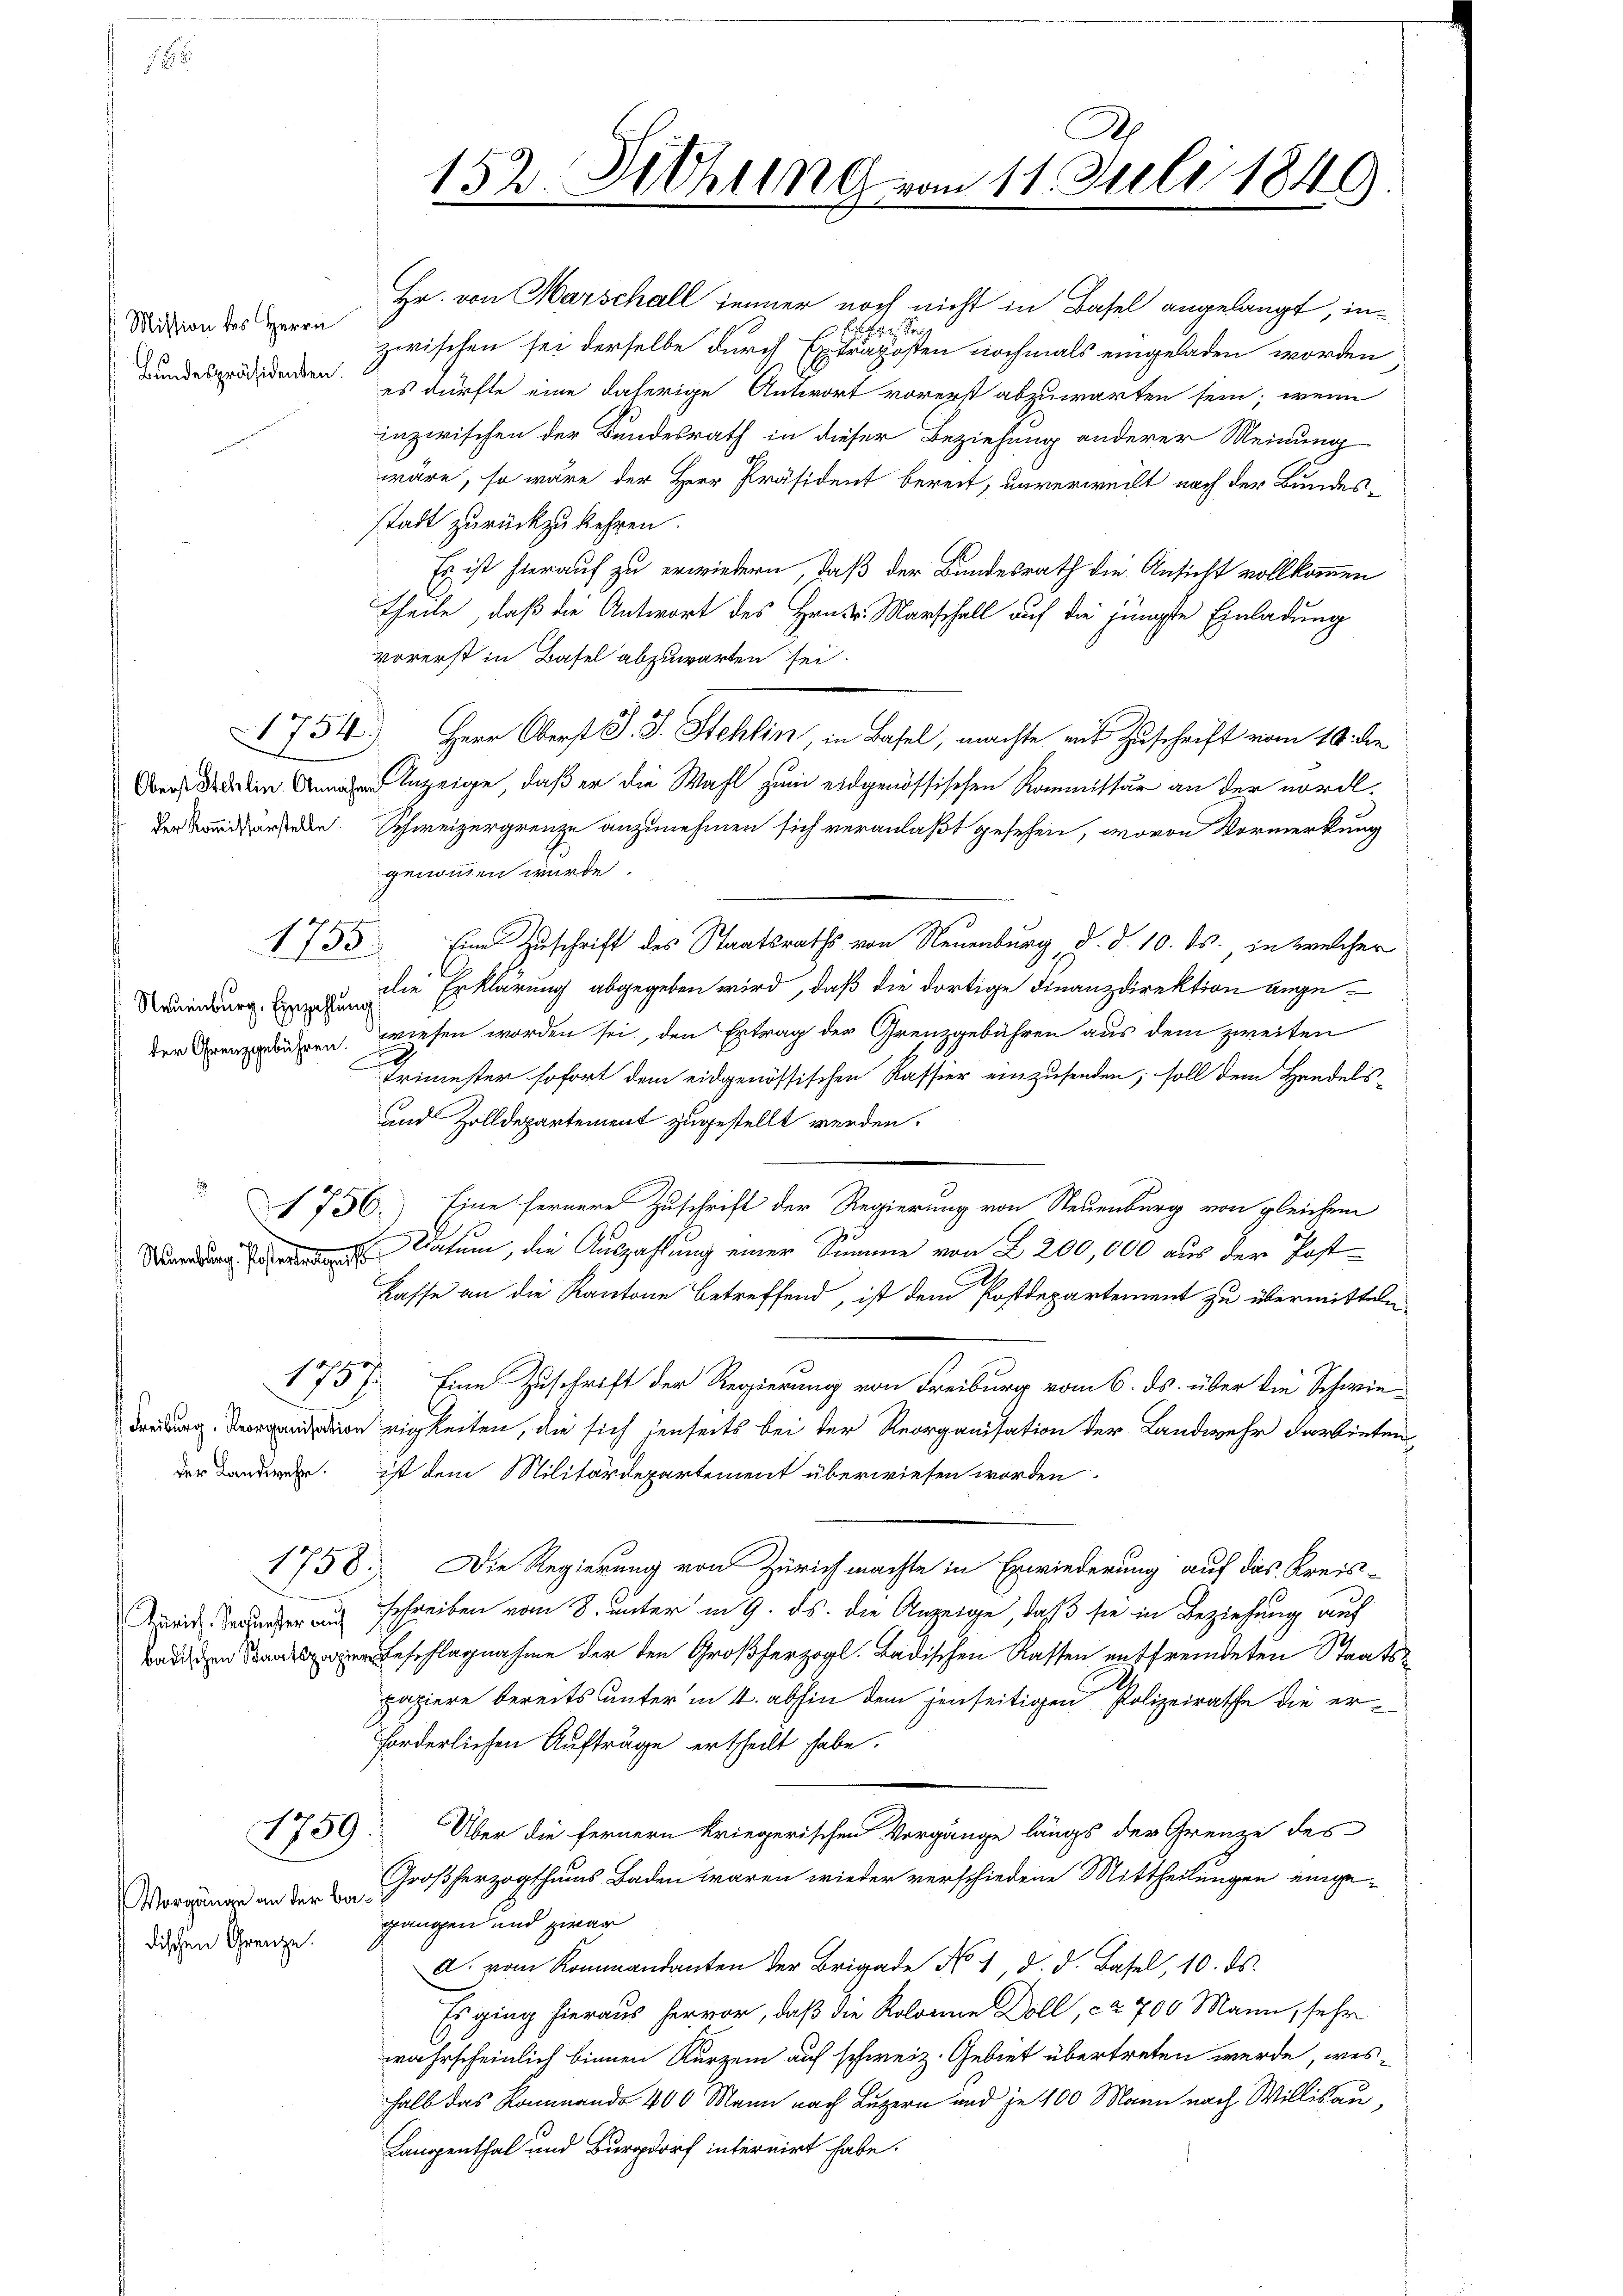
Mission des Herrn
Bundespräsidenten.

1754)

2

1755

Hr. von Marschall immer noch nicht in Basel angelangt, in¬

zwischen sei derselbe durch Exträposten nochmals eingeladen worden
es dürfte eine daherige Antwort vorerst abzuwarten sein; wenn
inzwischen der Bundesrath in dieser Beziehung anderer Meinung
wäre, so wäre der Herr Präsident bereit, unverweilt nach der Bundesstadt zurückzukehren.
Es ist hierauf zu erwiedern, daß der Bundesrath die Ansicht vollkommen
Theile, daß die Antwort des Hrn. Marschall auf die jüngste Einladung
vorerst in Basel abzuwarten sei.
Herr Oberst J. J. Stehlin in Basel, machte mit Zuschrift vom 10. die
nzeige, daß er die Wahl zum eidgenössischen Kommissär an der nord¬
Der Bundersenden. Schweizergrenze anzunehmen sich veranlaßt gesehen, wovon Vormerkung
genommen wurde
Eine Zuschrift des Staatsraths von Neuenburg d. d. 10. ds. in welcher
Neuenburg. Ein die Erklärung abgegeben wird, daß die dortige Finanzdirektion ange
der regieren wiesen worden sei, den Ertrag der Grenzgebühren aus dem zweiten
Trimester sofort dem eidgenössischen Kassier einzusenden; soll dem Handels¬
und Zolldepartement zugestellt werden.
1756.) Eine fernere Zuschrift der Regierung von Neuenburg von gleichem
 Datum, die Auszahlung einer Summe von L 200,000 aus der Post¬
Kasse an die Kantone betreffend, ist dem Postdepartement zu übermitteln
1757. Eine Zuschrift der Regierung von Freiburg vom 6. ds. über die Schwieedung einigkeiten, die sich denseits bei der Reorganisation der Landwehr darbieten,
der Lander. ist dem Militärdepartement überwiesen worden.
1758. Die Regierung von Zürich machte in Erwiederung auf das Kreis-
Arith erger auch schreiben vom 8. unter in 9. ds. die Anzeige, daß sie in Beziehung auf
eschlagnahme der den Großherzogl. Badischen Kassen entfremdeten Staatspapiere bereits unter in 4. abhin dem jenseitigen Polizeirathe die erforderlichen Aufträge ertheilt habe.
Über die fernern kriegerischen Vorgänge längs der Grenze des
Morgang an der Großherzogthums Baden waren wieder verschiedene Mittheilungen einge-
gangen und zwar
a. vom Kommandanten der Brigade No 1, d. d. Basel, 10. ds.
Es ging hieraus hervor, daß die Kolonie Döll, ca 700 Mann, sehr
wahrscheinlich binnen Kurzem auf schweiz. Gebiet übertreten werde, weshalb das Kommando 400 Mann nach Luzern und je 100 Mann nach Willisau,
Langenthal und Burgdorf internirt habe.

1759.

dischen Grenze.

2
152. Dethung vom 11. Juli 1849